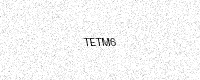
Text: TETM6